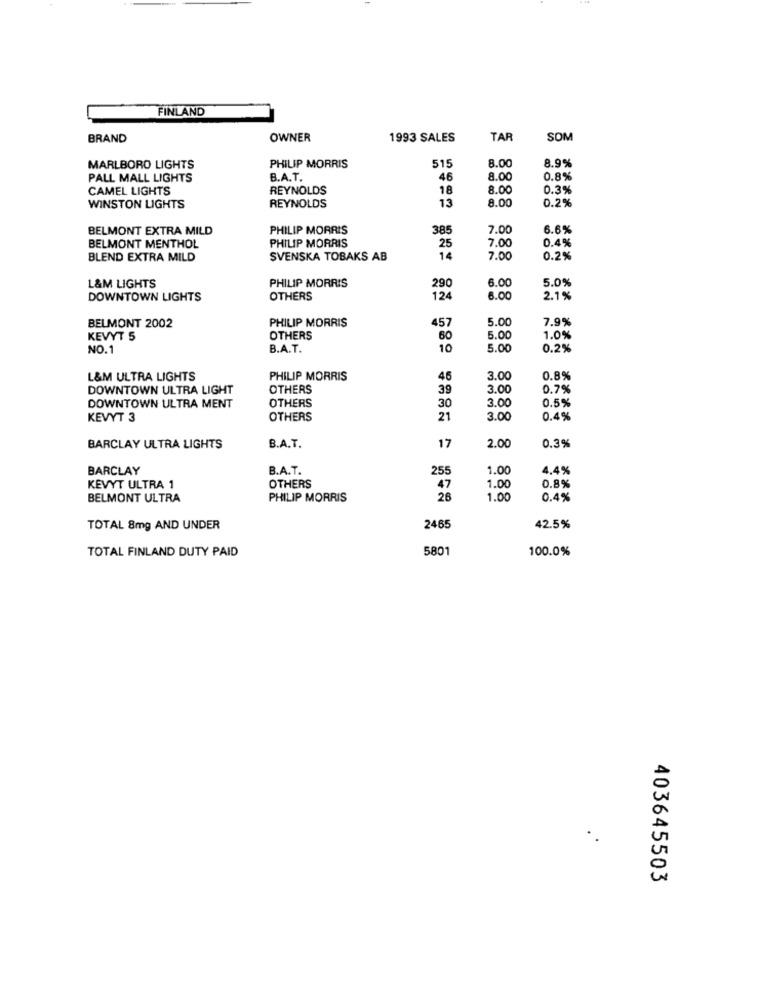
FINLAND
BRAND
OWNER
1993 SALES
TAR
SOM
MARLBORO LIGHTS
PHILIP MORRIS
515
8.00
8.9%
PALL MALL LIGHTS
B.A.T.
46
8.00
0.8%
CAMEL LIGHTS
REYNOLDS
18
8.00
0.3%
REYNOLDS
8.00
0.2%
WINSTON LIGHTS
13
BELMONT EXTRA MILD
PHILIP MORRIS
385
7.00
6.6%
PHILIP MORRIS
7.00
0.4%
BELMONT MENTHOL
25
BLEND EXTRA MILD
SVENSKA TOBAKS AB
14
7.00
0.2%
6.00
5.0%
L&M LIGHTS
PHILIP MORRIS
290
DOWNTOWN LIGHTS
OTHERS
124
6.00
2.1%
PHILIP MORRIS
457
5.00
7.9%
BELMONT 2002
KEVYT 5
OTHERS
60
5.00
1.0%
NO.1
B.A.T.
10
5.00
0.2%
L&M ULTRA LIGHTS
PHILIP MORRIS
45
3.00
0.8%
DOWNTOWN ULTRA LIGHT
OTHERS
39
3.00
0.7%
OTHERS
30
3.00
0.5%
DOWNTOWN ULTRA MENT
KEVYT 3
OTHERS
21
3.00
0.4%
BARCLAY ULTRA LIGHTS
B.A.T.
17
2.00
0.3%
BARCLAY
B.A.T.
255
1.00
4.4%
KEVYT ULTRA 1
OTHERS
47
1.00
0.8%
BELMONT ULTRA
PHILIP MORRIS
26
1.00
0.4%
TOTAL 8mg AND UNDER
2465
42.5%
TOTAL FINLAND DUTY PAID
5801
100.0%
403645503